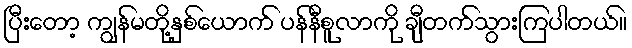
ပြီးတော့ ကျွန်မတို့နှစ်ယောက် ပန်နီစူလာကို ချီတက်သွားကြပါတယ်။